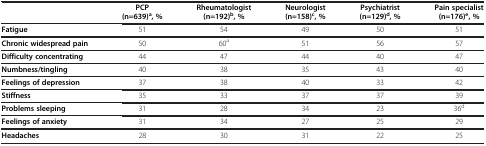
<table><thead><tr><td><b> </b></td><td><b>PCP (n=639)<sup>a</sup>, %</b></td><td><b>Rheumatologist (n=192)<sup>b</sup>, %</b></td><td><b>Neurologist (n=158)<sup>c</sup>, %</b></td><td><b>Psychiatrist (n=129)<sup>d</sup>, %</b></td><td><b>Pain specialist (n=176)<sup>e</sup>, %</b></td></tr></thead><tbody><tr><td><b>Fatigue</b></td><td>51</td><td>54</td><td>49</td><td>50</td><td>51</td></tr><tr><td><b>Chronic widespread pain</b></td><td>50</td><td>60<sup>a</sup></td><td>51</td><td>56</td><td>57</td></tr><tr><td><b>Difficulty concentrating</b></td><td>44</td><td>47</td><td>44</td><td>40</td><td>47</td></tr><tr><td><b>Numbness/tingling</b></td><td>40</td><td>38</td><td>35</td><td>43</td><td>40</td></tr><tr><td><b>Feelings of depression</b></td><td>37</td><td>38</td><td>40</td><td>33</td><td>42</td></tr><tr><td><b>Stiffness</b></td><td>35</td><td>33</td><td>37</td><td>37</td><td>39</td></tr><tr><td><b>Problems sleeping</b></td><td>31</td><td>28</td><td>34</td><td>23</td><td>36<sup>d</sup></td></tr><tr><td><b>Feelings of anxiety</b></td><td>31</td><td>34</td><td>27</td><td>25</td><td>29</td></tr><tr><td><b>Headaches</b></td><td>28</td><td>30</td><td>31</td><td>22</td><td>25</td></tr></tbody></table>